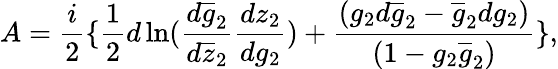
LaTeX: A=\frac{i}{2}\{ \frac{1}{2}d\ln(\frac{d\overline{{{g}}}_{2}}{d\overline{{{z}}}_{2}}\frac{dz_{2}}{dg_{2}})+\frac{(g_{2}d\overline{{{g}}}_{2}-\overline{{{g}}}_{2}dg_{2})}{(1-g_{2}\overline{{{g}}}_{2})}\} ,